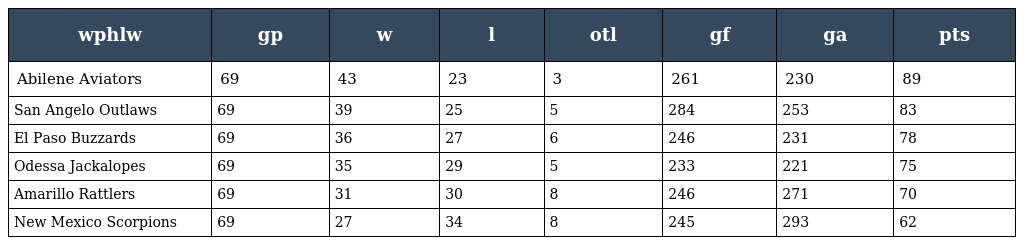
| wphlw | gp | w | l | otl | gf | ga | pts |
 | --- | --- | --- | --- | --- | --- | --- | --- |
 | Abilene Aviators | 69 | 43 | 23 | 3 | 261 | 230 | 89 |
 | San Angelo Outlaws | 69 | 39 | 25 | 5 | 284 | 253 | 83 |
 | El Paso Buzzards | 69 | 36 | 27 | 6 | 246 | 231 | 78 |
 | Odessa Jackalopes | 69 | 35 | 29 | 5 | 233 | 221 | 75 |
 | Amarillo Rattlers | 69 | 31 | 30 | 8 | 246 | 271 | 70 |
 | New Mexico Scorpions | 69 | 27 | 34 | 8 | 245 | 293 | 62 |